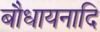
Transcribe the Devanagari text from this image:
बौधायनादि